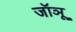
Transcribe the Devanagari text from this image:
जॉञू